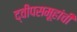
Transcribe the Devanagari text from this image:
द्वीपसमूहांची